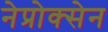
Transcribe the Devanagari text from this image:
नेप्रोक्सेन